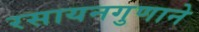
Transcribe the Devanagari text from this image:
रसायनगुणाने